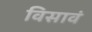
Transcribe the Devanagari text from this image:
विसावं